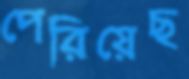
পেরিয়েছ